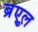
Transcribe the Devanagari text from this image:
ब्रुएल